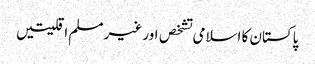
پاکستان کا اسلامی تشخص اور غیر مسلم اقلیتیں